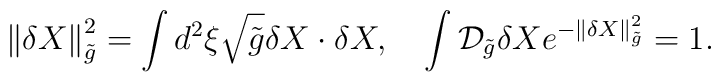
\left\|\delta{X}\right\|^2_{\tilde{g}}=\int{d^2}\xi\sqrt{\tilde{g}}\delta{X}\cdot\delta{X},\quad\int{\mathcal{D}_{\tilde{g}}}\delta{X}{e^{-\left\|\delta{X}\right\|^2_{\tilde{g}}}}=1.